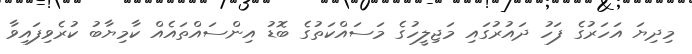
މިދިޔަ އަހަރުގެ ފަހު ދައުރުގައި މަޖިލީހުގެ މަސައްކަތުގެ ބޮޑު އިންސައްތައެއް ކާމިޔާބު ކުރެވިފައިވާ